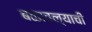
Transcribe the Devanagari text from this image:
बळावल्याची